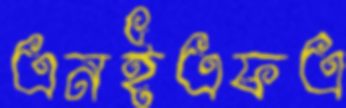
এনইএফএ